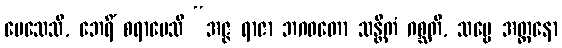
ပေသေသိ, ဘေရိံ စရာပေသိ “အဇ္ဇ ရာဇာ ဘဂဝတော သန္တိကံ ဂစ္ဆတိ, သဗ္ဗေ အတ္တနော